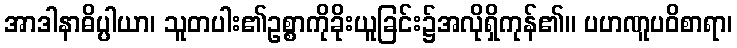
အာဒါနာဓိပ္ပါယာ၊ သူတပါး၏ဥစ္စာကိုခိုးယူခြင်း၌အလိုရှိကုန်၏။ ပဟဏူပဝိစာရာ၊